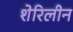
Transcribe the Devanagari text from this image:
शेरिलीन